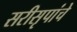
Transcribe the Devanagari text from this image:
सरीसृपांचे